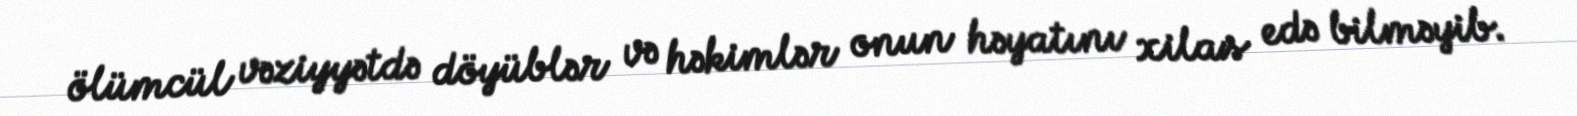
ölümcül vəziyyətdə döyüblər və həkimlər onun həyatını xilas edə bilməyib.